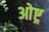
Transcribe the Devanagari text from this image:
ओष्ट्र